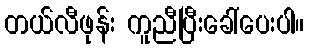
တယ်လီဖုန်း ကူညီပြီးခေါ်ပေးပါ။